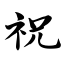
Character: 祝